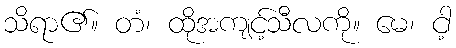
သိရာ၏။ တံ၊ ထိုအကျင့်သီလကို။ မေ၊ ငါ့